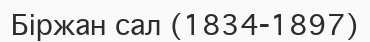
Біржан сал (1834-1897)